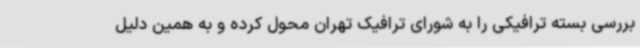
بررسی بسته ترافیکی را به شورای ترافیک تهران محول کرده و به همین دلیل